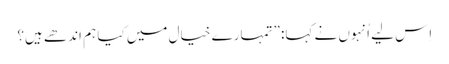
‏ اِس لیے اُنہوں نے کہا:‏ ”‏تمہارے خیال میں کیا ہم اندھے ہیں؟